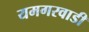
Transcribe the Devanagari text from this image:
यमगरवाडी